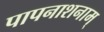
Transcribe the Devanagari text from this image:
पापनाशनाम्